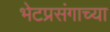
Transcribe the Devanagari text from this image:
भेटप्रसंगाच्या